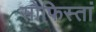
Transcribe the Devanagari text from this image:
सोफिस्तां